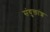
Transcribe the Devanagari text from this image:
संयुक्तांश